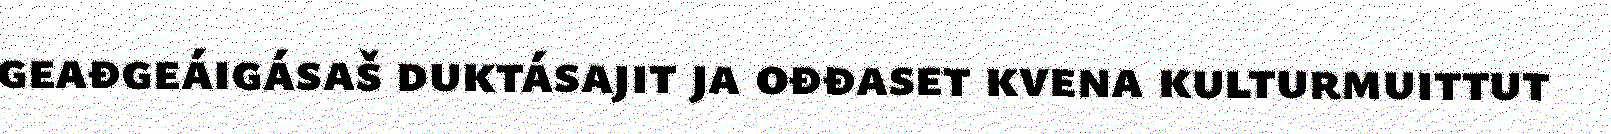
geađgeáigásaš duktásajit ja ođđaset kvena kulturmuittut